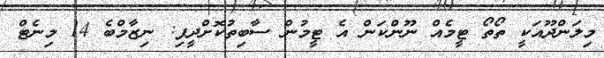
މިލަންދޫއަކީ ތޯތޯ ޓީމެއް ނޫންކަން އެ ޓީމުން ސާބިތުކޮށްދީފި: ނިޒާމްބެ 14 މިނެޓް